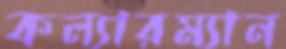
কল্যারম্যান